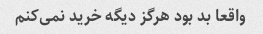
واقعا بد بود هرگز دیگه خرید نمی‌کنم